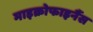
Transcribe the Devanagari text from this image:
माइक्रोफाइनैंस